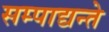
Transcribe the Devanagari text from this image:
सम्पाद्यन्ते